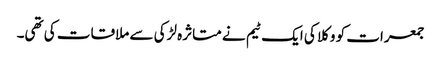
جمعرات کو وکلا کی ایک ٹیم نے متاثرہ لڑکی سے ملاقات کی تھی۔